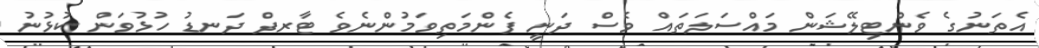
އެތަނުގެ ވެންޓިލޭޝަން މައްސަލަތައް ވެސް ދަނީ ފެންމަތިވަމުންނެވެ ޓާރފް ދަނޑު ހުޅުވަން ކުޅުނު